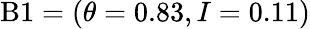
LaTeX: \mathrm{B}1=(\theta=0.83,I=0.11)